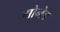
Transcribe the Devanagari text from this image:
गोनेड